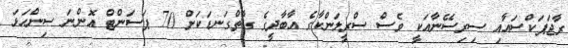
ރާޖަޕަކްސައާއި ސިރިސޭނާއަކީ ވެސް ސްރީލަންކާގެ އާބާދީގެ ގާތްގަނޑަކަށް 70 ޕަސަންޓް އޮންނަ ސިންހަޅަ